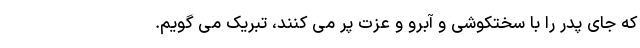
که جای پدر را با سختکوشی و آبرو و عزت پر می کنند، تبریک‌ می گویم.